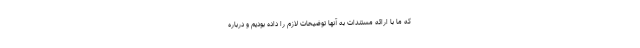
که ما با ارائه مستندات به آنها توضیحات لازم را داده بودیم و درباره